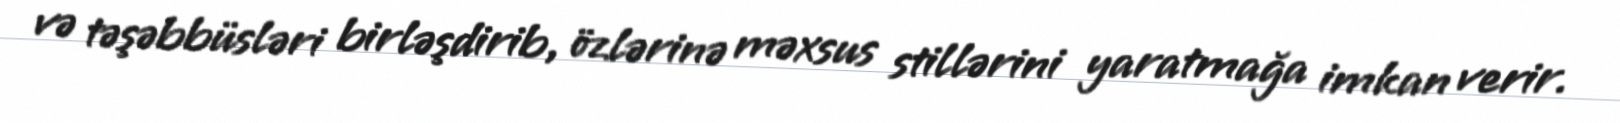
və təşəbbüsləri birləşdirib, özlərinə məxsus stillərini yaratmağa imkan verir.